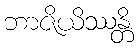
ဘာဇိယိဿန္တိ